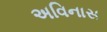
અવિનાસ